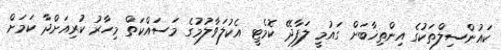
ކައުންސިލްތަކުގެ އިންތިޚާބަށް ގައުމީ ލަފާދޭ ކޮމެޓީ އެކުލަވާލުމުގެ މަސައްކަތް މިހާރު ކުރިއަށްދާ ކަމަށް